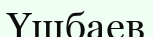
Үшбаев